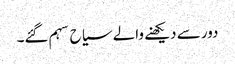
دور سے دیکھنے والے سیاح سہم گئے۔